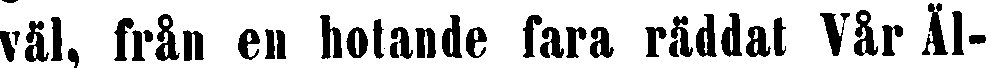
väl, från en hotande fara räddat Vår Äl-